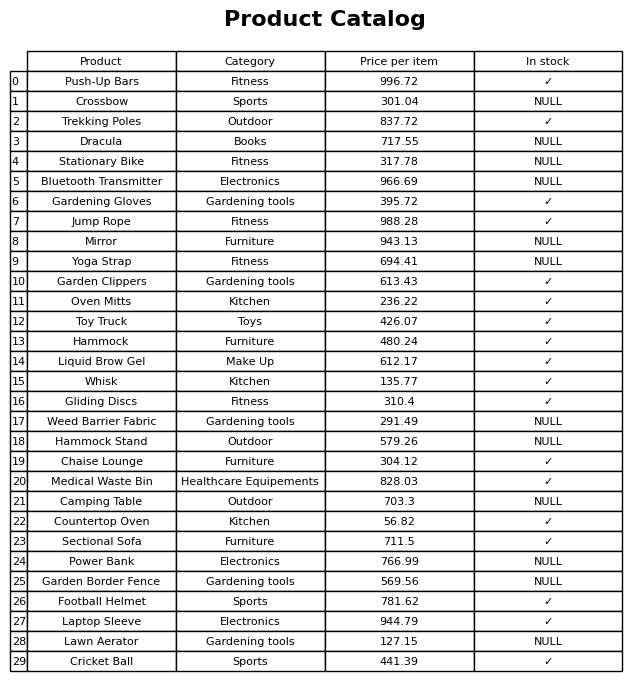
question: What is the price for Stationary Bike?
answer: The price of Stationary Bike is 317.78.